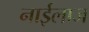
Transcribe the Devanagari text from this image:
नाईलाज